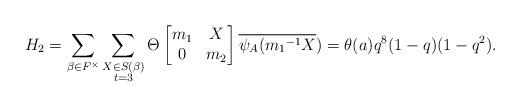
LaTeX: \begin{align*} H_2=\displaystyle \sum_{\beta \in F^{\times}} \sum_{\substack{X\in S(\beta) \\ t=3 }}\Theta \begin{bmatrix} m_1 & X\\0 & m_2\end{bmatrix}\overline{\psi_A({m_1}^{-1}X})=\theta(a)q^8(1-q)(1-q^2).\end{align*}